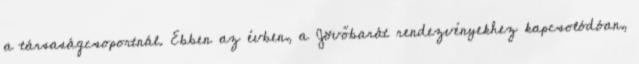
a társaságcsoportnál. Ebben az évben, a Jövőbarát rendezvényekhez kapcsolódóan,